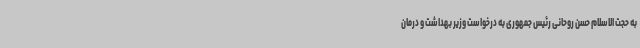
به حجت الاسلام حسن روحانی رئیس جمهوری به درخواست وزیر بهداشت و درمان